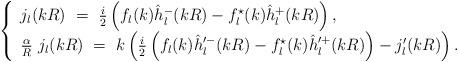
LaTeX: \begin{align*}\left\{ \begin{array}{ll}j_{l}(kR)\ =\ \frac i2 \left(f_l(k)\hat h^-_l(kR)-f^{\star}_l(k)\hat h^+_l(kR)\right), \\ \frac{\alpha}{R}\ j_{l}(kR)\ =\ k\left(\frac i2 \left(f_l(k)\hat h'^-_l(kR)-f^{\star}_l(k)\hat h'^+_l(kR)\right)-j'_l(kR) \right).\end{array}\right.\end{align*}